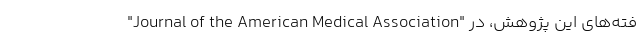
فته‌های این پژوهش، در "Journal of the American Medical Association"